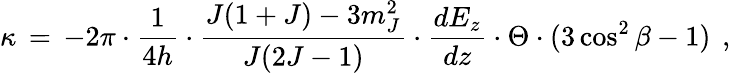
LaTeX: \kappa\, =\, -2\pi\cdot\frac{1}{4h}\cdot\frac{J(1+J)-3m_{J}^{2}}{J(2J-1)}\cdot\frac{dE_{z}}{dz}\cdot\Theta\cdot(3\cos^{2}\beta-1)\, \mathrm{~,~}